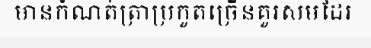
មានកំណត់ត្រាប្រកួតច្រើនគួរសមដែរ